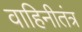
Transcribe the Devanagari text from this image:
वाहिनीतंत्र